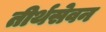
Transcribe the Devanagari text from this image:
तीर्थसेवन